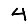
Digit: 4